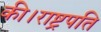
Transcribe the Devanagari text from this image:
की।राष्ट्रपति